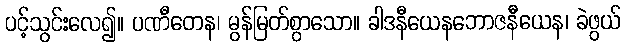
ပင့်သွင်းလေ၍။ ပဏီတေန၊ မွန်မြတ်စွာသော။ ခါဒနီယေနဘောဇနီယေန၊ ခဲဖွယ်